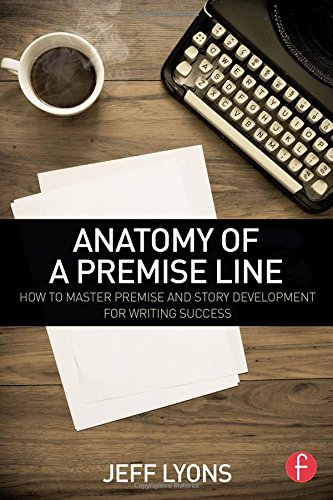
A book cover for Anatomy of a Premise Line: How to Master Premise and Story Development for Writing Success; Jeff Lyons; Humor & Entertainment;